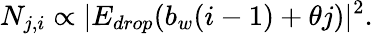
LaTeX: N_{j,i}\propto\vert E_{drop}(b_{w}(i-1)+\theta j)\vert^{2}.